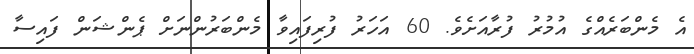
އެ މެންބަރެއްގެ އުމުރު ފުރާއަށެވެ. 60 އަހަރު ފުރިފައިވާ މެންބަރުންނަށް ޕެންޝަން ފައިސާ